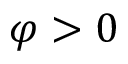
\varphi > 0